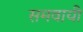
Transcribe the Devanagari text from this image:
समवायी